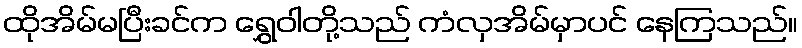
ထိုအိမ်မပြီးခင်က ရွှေဝါတို့သည် ကံလှအိမ်မှာပင် နေကြသည်။